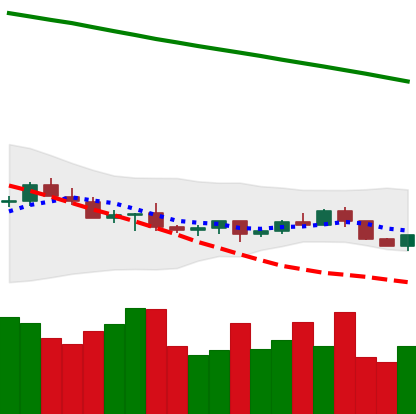
Ticker: LTC-USD
Chart end date: 2022-07-13
Forward return: 18.286%
Label: up_7plus